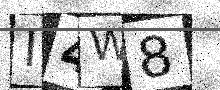
Text: I4W8